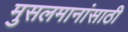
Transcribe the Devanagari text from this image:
मुसलमानांसाठी